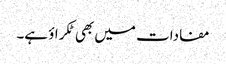
مفادات میں بھی ٹکراؤ ہے۔